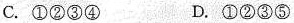
C.①②③④ D.①②③⑤